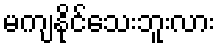
မကျနိုင်သေးဘူးလား